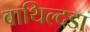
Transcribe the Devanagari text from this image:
बाथिल्दडा